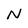
Character: N